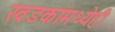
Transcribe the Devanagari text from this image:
खडकांमध्येही